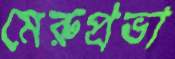
মেরুপ্রভা